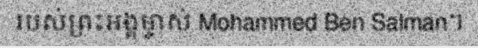
របស់ព្រះអង្គម្ចាស់ Mohammed Ben Salman។